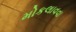
મોકલાવવા